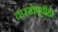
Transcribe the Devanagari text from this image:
तारखेपूर्वीही